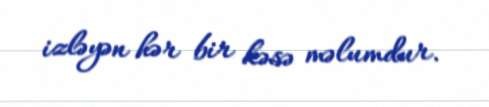
izləyən hər bir kəsə məlumdur.